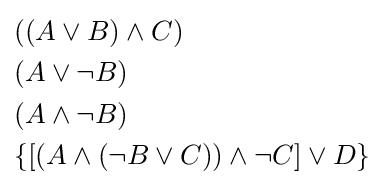
{\begin{aligned}&((A\lor B)\land C)\\&(A\lor \lnot B)\\&(A\land \lnot B)\\&\{[(A\land (\lnot B\lor C))\land \lnot C]\lor D\}\end{aligned}}